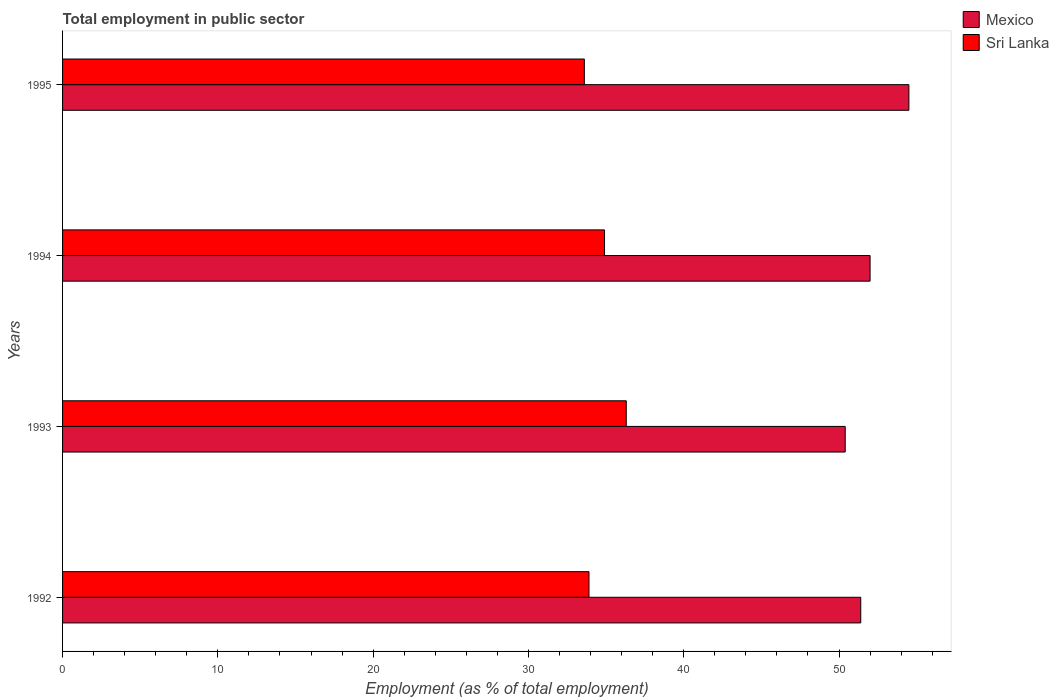
| Years | Mexico | Sri Lanka |
 | --- | --- | --- |
 | 1992 | 51.4 | 33.9 |
 | 1993 | 50.4 | 36.3 |
 | 1994 | 52 | 34.9 |
 | 1995 | 54.5 | 33.6 |